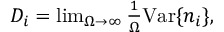
\begin{array} { r } { D _ { i } = \operatorname* { l i m } _ { \Omega \to \infty } \frac { 1 } { \Omega } \mathrm { V a r } \{ n _ { i } \} , } \end{array}